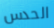
الحدس